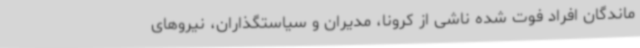
ماندگان افراد فوت شده ناشی از کرونا، مدیران و سیاستگذاران، نیروهای